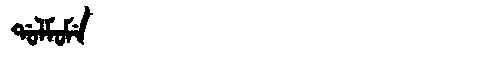
Manchu: ᡩᠣᠯᠮᠣᠮᡝ
Romanization: DOLMOME